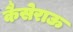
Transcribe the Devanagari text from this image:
कैसेराऊ